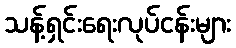
သန့်ရှင်းရေးလုပ်ငန်းများ